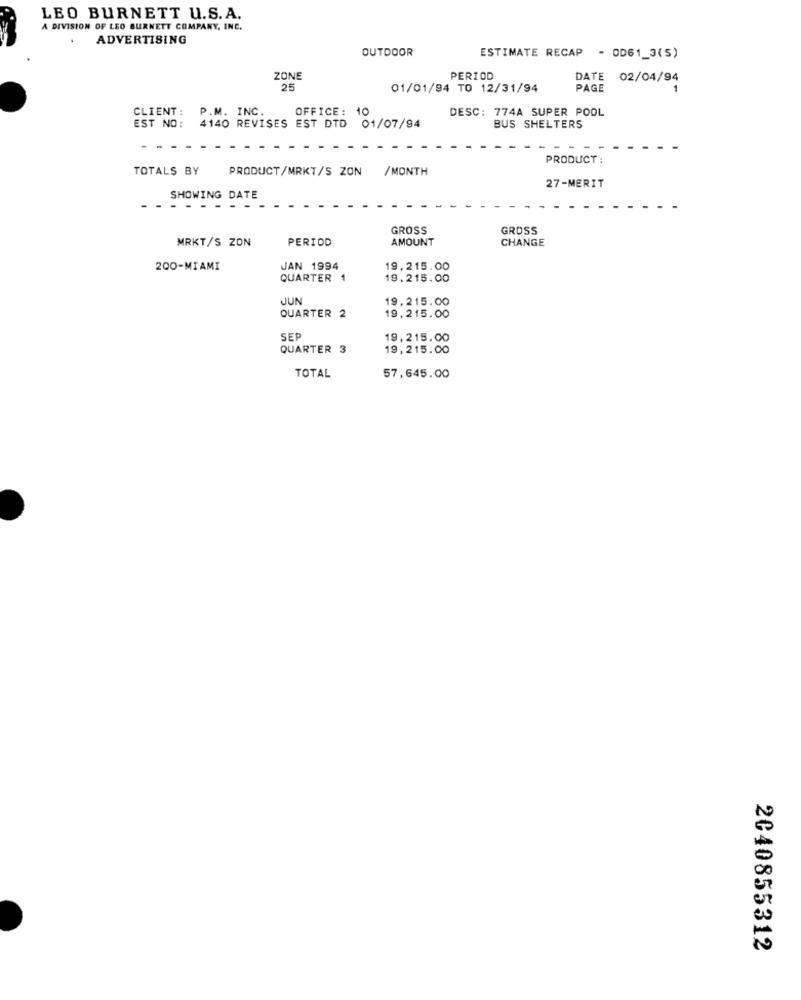
LEO BURNETT U.S. A.
A DIVISION OF LEO BURNETT COMPANY, INC.
ADVERTISING
OUTDOOR
ESTIMATE RECAP - OD61_3(S)
ZONE
PERIOD
DATE 02/04/94
25
01/01/94 TO 12/31/94
PAGE
CLIENT: P.M. INC.
OFFICE: 10
DESC: 774A SUPER POOL
EST NO: 4140 REVISES EST DTD 01/07/94
BUS SHELTERS
PRODUCT :
TOTALS BY
PRODUCT/MRKT/S ZON /MONTH
27-MERIT
SHOWING DATE
GROSS
GROSS
MRKT/S ZON
PERIOD
AMOUNT
CHANGE
200-MIAMI
JAN 1994
19,215.00
QUARTER 1
19.215.00
JUN
19,215.00
QUARTER 2
19,215.00
SEP
19,215.00
QUARTER 3
19,215.00
TOTAL
57,645.00
2040855312